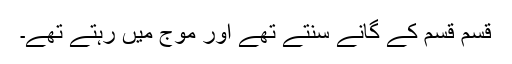
قسم قسم کے گانے سنتے تھے اور موج میں رہتے تھے۔